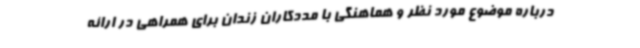
درباره موضوع مورد نظر و هماهنگی با مددکاران زندان برای همراهی در ارائه